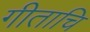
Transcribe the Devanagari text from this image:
गीताचि